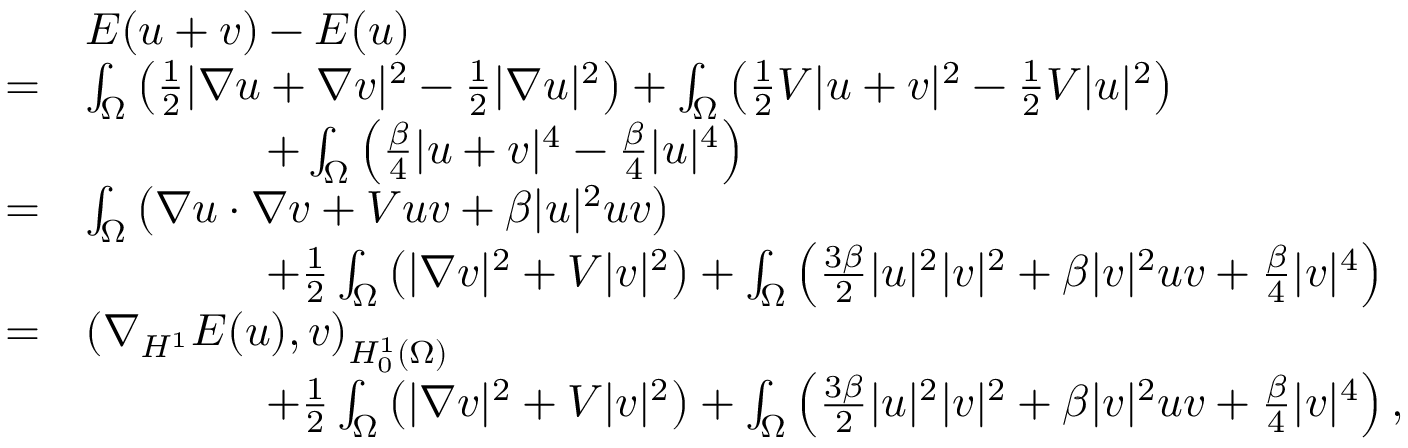
\begin{array} { r l } & { E ( u + v ) - E ( u ) } \\ { = } & { \int _ { \Omega } \left( \frac { 1 } { 2 } | \nabla u + \nabla v | ^ { 2 } - \frac { 1 } { 2 } | \nabla u | ^ { 2 } \right) + \int _ { \Omega } \left( \frac { 1 } { 2 } V | u + v | ^ { 2 } - \frac { 1 } { 2 } V | u | ^ { 2 } \right) } \\ & { \qquad \qquad + \int _ { \Omega } \left( \frac { \beta } { 4 } | u + v | ^ { 4 } - \frac { \beta } { 4 } | u | ^ { 4 } \right) } \\ { = } & { \int _ { \Omega } \left( \nabla u \cdot \nabla v + V u v + \beta | u | ^ { 2 } u v \right) } \\ & { \qquad \qquad + \frac { 1 } { 2 } \int _ { \Omega } \left( | \nabla v | ^ { 2 } + V | v | ^ { 2 } \right) + \int _ { \Omega } \left( \frac { 3 \beta } { 2 } | u | ^ { 2 } | v | ^ { 2 } + \beta | v | ^ { 2 } u v + \frac { \beta } { 4 } | v | ^ { 4 } \right) } \\ { = } & { \left( \nabla _ { H ^ { 1 } } E ( u ) , v \right) _ { H _ { 0 } ^ { 1 } ( \Omega ) } } \\ & { \qquad \qquad + \frac { 1 } { 2 } \int _ { \Omega } \left( | \nabla v | ^ { 2 } + V | v | ^ { 2 } \right) + \int _ { \Omega } \left( \frac { 3 \beta } { 2 } | u | ^ { 2 } | v | ^ { 2 } + \beta | v | ^ { 2 } u v + \frac { \beta } { 4 } | v | ^ { 4 } \right) , } \end{array}